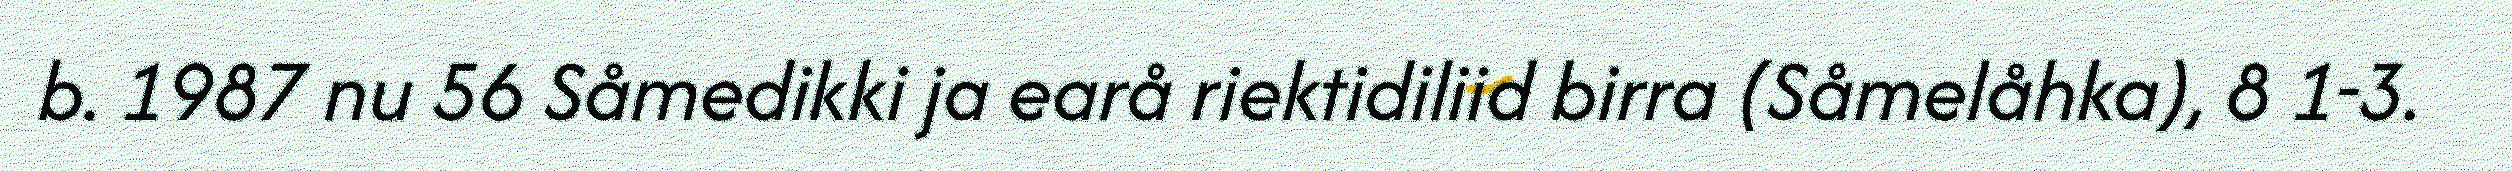
b. 1987 nu 56 Såmedikki ja earå riektidiliid birra (Såmelåhka), 8 1-3.